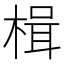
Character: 楫